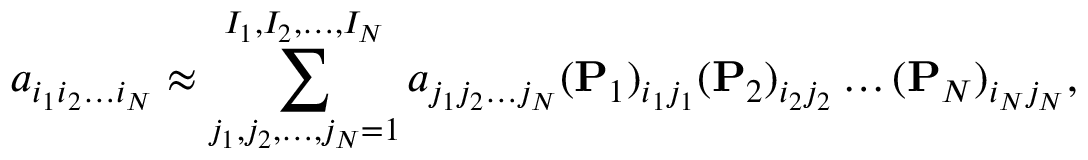
a _ { i _ { 1 } i _ { 2 } \dots i _ { N } } \approx \sum _ { j _ { 1 } , j _ { 2 } , \dots , j _ { N } = 1 } ^ { I _ { 1 } , I _ { 2 } , \dots , I _ { N } } a _ { j _ { 1 } j _ { 2 } \dots j _ { N } } ( \mathbf { P } _ { 1 } ) _ { i _ { 1 } j _ { 1 } } ( \mathbf { P } _ { 2 } ) _ { i _ { 2 } j _ { 2 } } \dots ( \mathbf { P } _ { N } ) _ { i _ { N } j _ { N } } ,